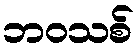
ဘဝသစ်